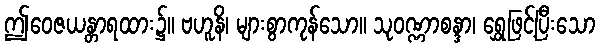
ဤဝေဇယန္တာရထား၌။ ဗဟူနိ၊ များစွာကုန်သော။ သုဝဏ္ဏာစန္ဒာ၊ ရွှေဖြင့်ပြီးသော